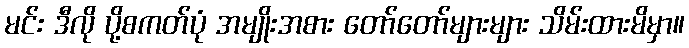
မင်း ဒီလို ပို့စကတ်ပုံ အမျိုးအစား တော်တော်များများ သိမ်းထားမိမှာ။